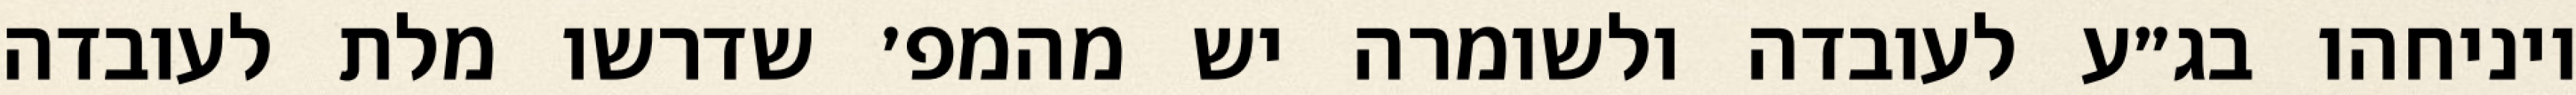
ויניחהו בג״ע לעובדה ולשומרה יש מהמפ׳ שדרשו מלת לעובדה